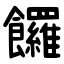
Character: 饠